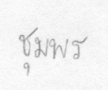
ชุมพร